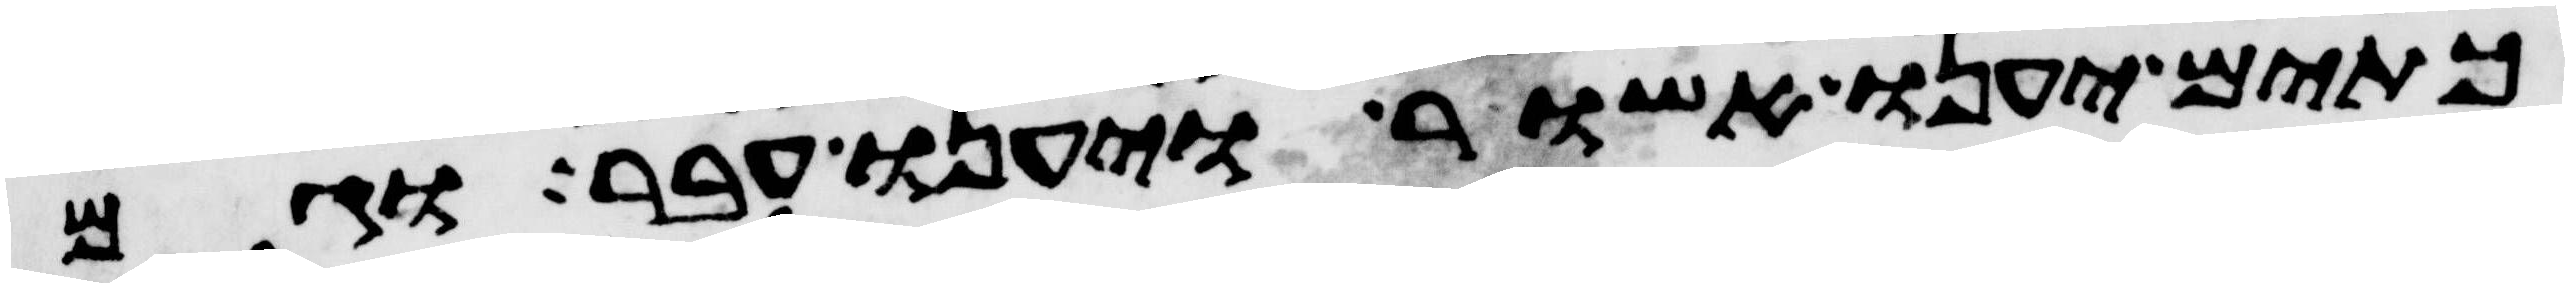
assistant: כתים יענו אשור ויענו עבר וגם